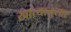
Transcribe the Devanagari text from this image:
खात्यानुसार